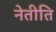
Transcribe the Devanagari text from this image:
नेतीति